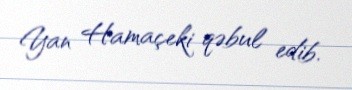
Yan Hamaçeki qəbul edib.